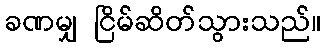
ခဏမျှ ငြိမ်ဆိတ်သွားသည်။